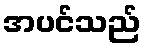
အပင်သည်